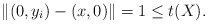
\begin{align*} \|(0,y_i)-(x,0)\|=1\le t(X). \end{align*}